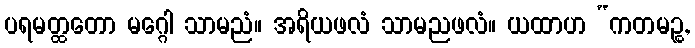
ပရမတ္ထတော မဂ္ဂေါ သာမညံ။ အရိယဖလံ သာမညဖလံ။ ယထာဟ “ကတမဉ္စ,